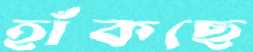
হাঁকছে